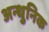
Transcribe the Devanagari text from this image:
अन्धुनिक